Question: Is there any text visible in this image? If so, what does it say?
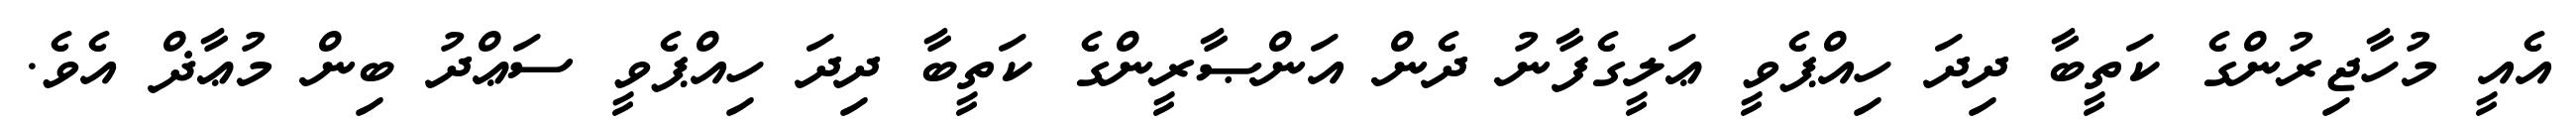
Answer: އެއީ މުހާޖިރުންގެ ކަތީބާ ދިދަ ހިއްޕެވީ ޢަލީގެފާނު ދެން އަންޞާރީންގެ ކަތީބާ ދިދަ ހިއްޕެވީ ސަޢްދު ބިން މުޢާޛް އެވެ.